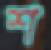
শ